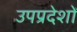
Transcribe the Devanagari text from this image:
उपप्रदेशों